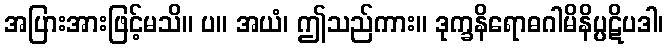
အပြားအားဖြင့်မသိ။ ပ။ အယံ၊ ဤသည်ကား။ ဒုက္ခနိရောဓဂါမိနိပ္ပဋိပဒါ၊